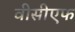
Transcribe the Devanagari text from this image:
वीसीएफ